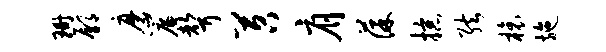
珊鄢磨帘声苕肩葆掠弦榱施